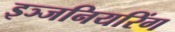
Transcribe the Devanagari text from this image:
इञ्जनियरिंग